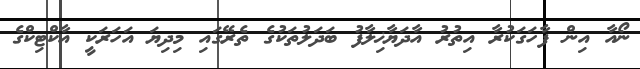
ނޯއާ އިން ފާހަގަކުރާ އިތުރު އާދަޔާޚިލާފު ބަދަލުތަކުގެ ތެރޭގައި މިދިޔަ އަހަރަކީ އާކްޓިކްގެ